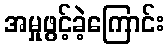
အမှုဖွင့်ခဲ့ကြောင်း